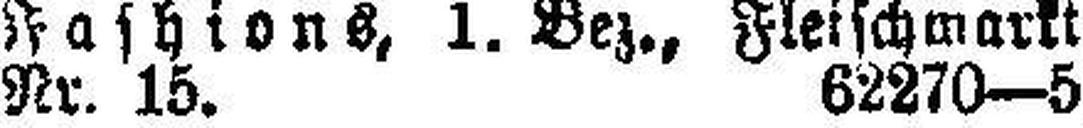
Nr. 15. 62270—5